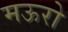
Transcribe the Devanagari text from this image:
मऊरो